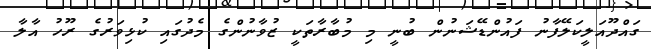
ގައްދޫއަލީކަލޭފާނު ފައުންޑޭޝަނުން ބުނީ މި މުބާރާތަކީ ޒުވާނުންގެ މެދުގައި ކުޅިވަރުގެ ރޫހު އާލާ